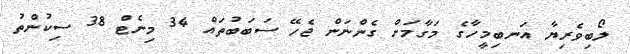
ލޯބިވެރިޔާ އަނބިމީހާގެ މަގާމަށް ގެންނަން ޖެހޭ ސަބަބުތައް 34 މިނެޓް 38 ސިކުންތު